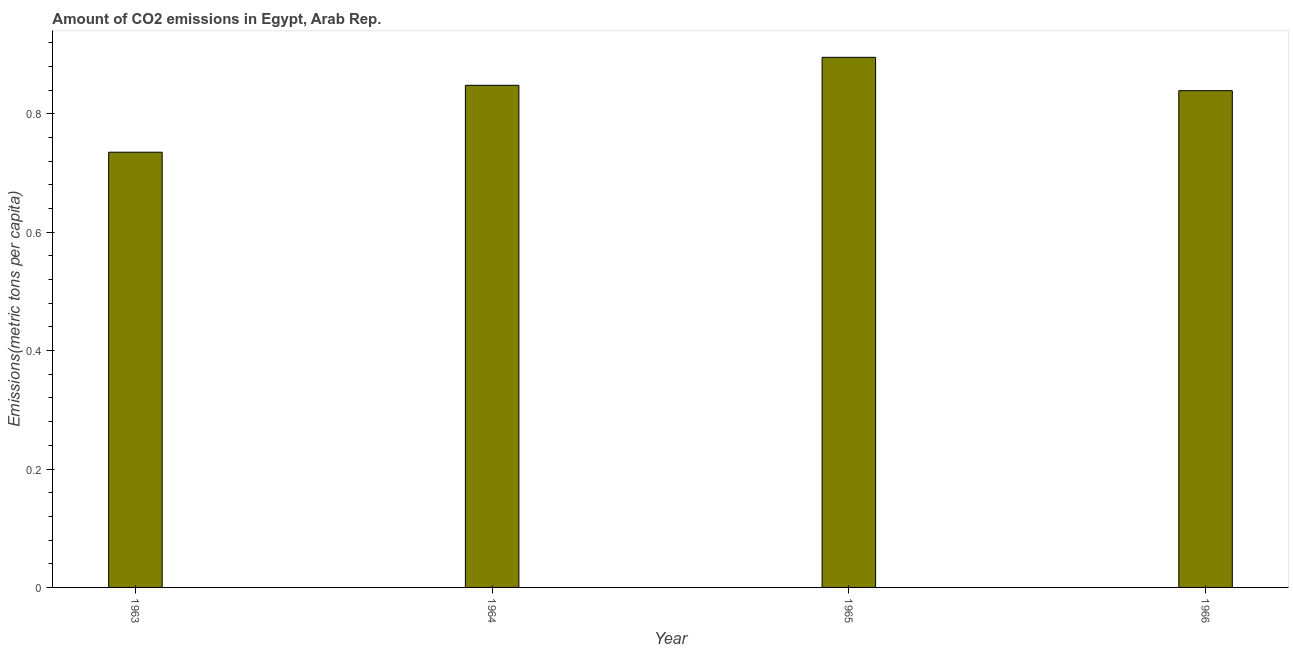
| Year | CO2 emissions |
 | --- | --- |
 | 1963 | 0.735 |
 | 1964 | 0.848 |
 | 1965 | 0.895 |
 | 1966 | 0.839 |